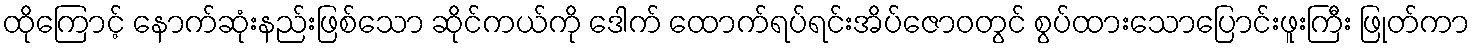
ထိုကြောင့် နောက်ဆုံးနည်းဖြစ်သော ဆိုင်ကယ်ကို ဒေါက် ထောက်ရပ်ရင်းအိပ်ဇောဝတွင် စွပ်ထားသောပြောင်းဖူးကြီး ဖြုတ်ကာ